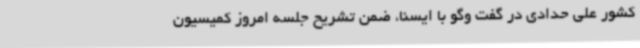
کشور علی حدادی در گفت وگو با ایسنا، ضمن تشریح جلسه امروز کمیسیون